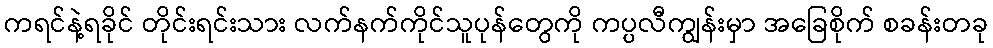
ကရင်နဲ့ရခိုင် တိုင်းရင်းသား လက်နက်ကိုင်သူပုန်တွေကို ကပ္ပလီကျွန်းမှာ အခြေစိုက် စခန်းတခု